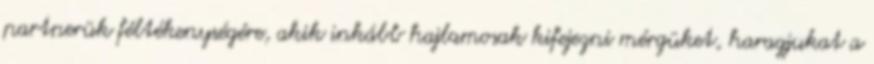
partnerük féltékenységére, akik inkább hajlamosak kifejezni mérgüket, haragjukat a